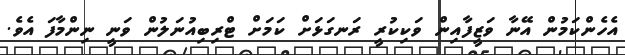
އެހެންކަމުން އޭނާ ވަޒީފާއިން ވަކިކުރީ ރަނގަޅަށް ކަމަށް ޓްރިބިއުނަލުން ވަނީ ނިންމާފަ އެވެ.